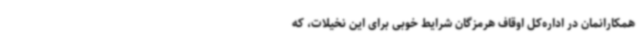
همکارانمان در اداره‌کل اوقاف هرمزگان شرایط خوبی برای این نخیلات، که